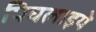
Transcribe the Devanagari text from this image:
पिघलाइये